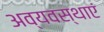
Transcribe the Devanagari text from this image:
अव्यवस्थाएं